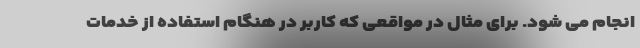
انجام می شود. برای مثال در مواقعی که کاربر در هنگام استفاده از خدمات